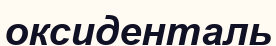
оксиденталь